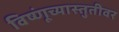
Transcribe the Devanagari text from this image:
विष्णूंच्यास्तुतीवर